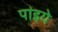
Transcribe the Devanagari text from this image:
पांइये